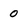
Character: 0